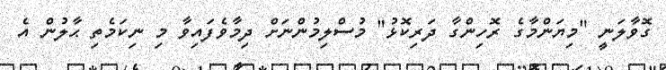
ގޮވާލަނީ "މިޔަންމާގެ ރޮހިންގާ ދަރިކޮޅު" މުސްލިމުންނަށް ދިމާވެފައިވާ މި ނިކަމެތި ޙާލުން އެ